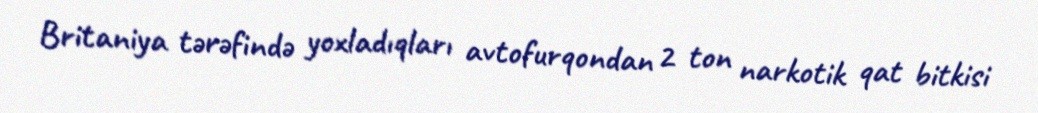
Britaniya tərəfində yoxladıqları avtofurqondan 2 ton narkotik qat bitkisi